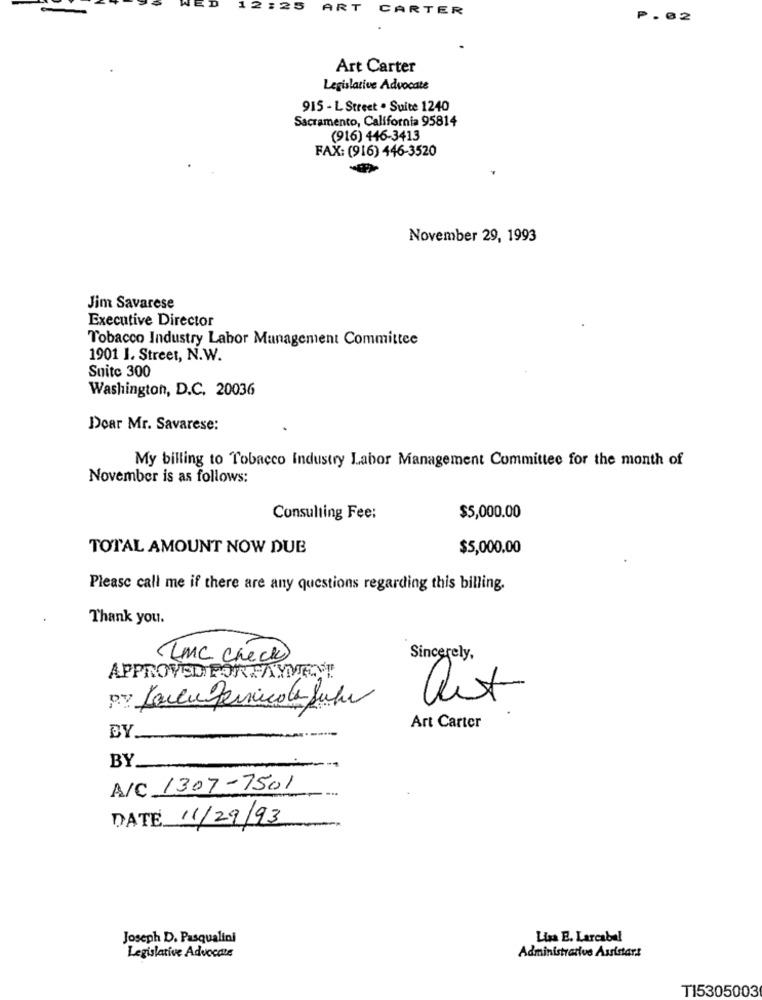
12:25
ART CARTER
₱. 02
Art Carter
Legislative Advocate
915 - L Street . Suite 1240
Sacramento, California 95814
(916) 446-3413
FAX: (916) 446-3520
November 29, 1993
Jim Savarese
Executive Director
Tobacco Industry Labor Management Committee
1901 1. Street, N.W.
Suite 300
Washington, D.C. 20036
Dear Mr. Savarese:
My billing to Tobacco Industry Labor Management Committee for the month of
November is as follows:
Consulting Fee:
$5,000.00
TOTAL AMOUNT NOW DUB
$5,000,00
Please call me if there are any questions regarding this billing.
Thank you.
LMC Check
Sincerely,
Art Carter
BY
BY
A/C 1307-7501
DATE 11/29/93
Joseph D. Pasqualini
Lisa E. Larcabal
Legislative Advocate
Administrative Assistars
TI5305003